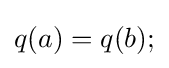
q(a)=q(b);